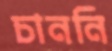
চাননি